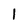
Character: I